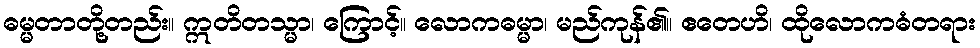
ဓမ္မတာတို့တည်း။ ဣတိတသ္မာ၊ ကြောင့်။ လောကဓမ္မာ၊ မည်ကုန်၏။ ဧတေဟိ၊ ထိုလောကဓံတရား